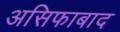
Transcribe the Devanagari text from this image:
असिफाबाद